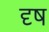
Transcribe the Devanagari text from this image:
दृष